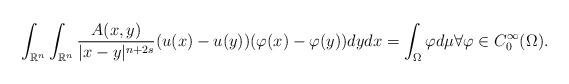
LaTeX: \begin{align*} \int_{\mathbb{R}^n} \int_{\mathbb{R}^n} \frac{A(x,y)}{|x-y|^{n+2s}} (u(x)-u(y))(\varphi(x)-\varphi(y))dydx = \int_{\Omega} \varphi d\mu \forall \varphi \in C_0^\infty(\Omega).\end{align*}